Civil Veterinary Department. United Provinces 1912-22 - 1912-1922
Year: 1912
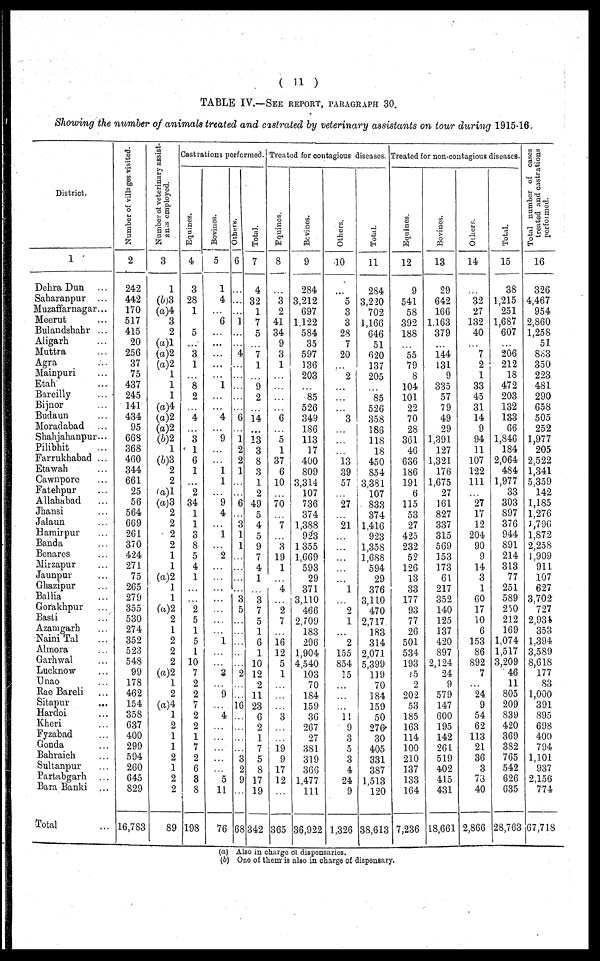
( 11 )
TABLE IV.—SEE REPORT, PARAGRAPHS 30.
Showing the number of animals treated and castrated by veterinary assistants on tour during 1915-16.
District.
1
Dehra Dun …
Saharanpur ...
Muzaffarnagar...
Meerut …
Bulandshahr ...
Aligarh …
Muttra …
Agra …
Mainpuri …
Etah …
Bareilly …
Bijnor …
Budaun …
Moradabad …
Shahjahanpur …
Pilibhit …
Farrukhabad ...
Etawah …
Cawnpore …
Fatehpur …
Allahabad …
Jhansi …
Jalaun …
Hamirpur …
Banda …
Benares …
Mirzapur …
Jaunpur …
Ghazipur …
Ballia …
Gorakhpur …
Basti …
Azamgarh …
Naini Tal …
Almora …
Garhwal …
Lucknow …
Unao …
Rae Bareli …
Sitapur …
Hardon …
Kheri …
Fyzabad …
Gonda …
Bahraich …
Sultanpur …
Partabgarh …
Bara Banki ...
Total …
Number of villages visited.
2
242
442
170
517
415
20
256
37
75
437
245
141
434
95
663
368
460
344
661
25
56
564
669
261
370
424
271
75
265
279
355
530
274
352
523
548
99
178
462
154
358
637
400
299
594
260
645
829
16,783
Number of veterinary assist-
ants employed.
3
1
(b)3
(a)4
3
2
(a)l
(a)2
(a)2
1
1
1
(a)4
(a)2
(a)2
(b)2
1
(6)3
2
2
(a)1
(a)3
2
2
2
2
1
1
(a)2
1
1
(a)2
2
1
2
2
2
(a)2
1
2
(a)4
1
2
1
1
2
1
2
2
89
Castrations performed. Treated for contagious diseases. Treated for non-contagious diseases.
Equines.
4
3
28
1
…
5
…
3
1
…
8
2
…
4
…
3
1
6
1
…
2
34
1
1
3
8
5
4
1
…
…
2
5
1
5
1
10
7
2
2
7
2
2
1
7
2
6
3
8
198
Bovines.
5
1
4
…
6
…
…
…
…
…
1
…
…
4
…
9
…
…
1
1
…
9
4
…
1
…
2
…
…
…
…
…
…
…
1
…
…
3
…
9
…
4
…
…
…
…
…
5
11
76
Others.
6
…
…
…
1
…
…
4
…
…
…
…
…
6
…
1
2
2
1
…
…
6
…
3
1
1
…
…
…
…
3
5
…
…
…
…
…
2
…
…
16
...
...
…
…
3
2
9
…
68
Total.
7
4
32
1
7
5
…
7
1
…
9
2
…
14
…
13
3
8
3
1
2
49
5
4
5
9
7
4
1
…
3
7
5
1
6
1
10
12
2
11
23
6
2
1
7
5
8
17
19
342
Equines.
8
3
2
41
34
9
3
1
...
…
…
…
6
…
5
1
37
6
10
…
70
…
7
…
3
19
1
…
4
…
2
7 …
16
12
5
1
…
…
…
3
...
…
19
9
17
12
…
365
Bevines.
9
284
3,212
697
1,122
584
35
597
136
203
…
85
526
349
186
113
17
400
809
3,314
107
736
374
1,388
923
1,355
1,669
593
29
371
3,110
466
2.709
183
296
1,904
4,540
103
70
184
159
36
207
27
381
319
366
1,477
111
36,922
Others.
10
…
5
3
3
28
7
20
…
2
…
…
…
3
...
…
…
13
39
57
…
27
…
21
…
…
…
…
…
1
…
2
1
…
2
155
854
15
…
…
…
11
9
3
5
3
4
24
9
1,326
Total.
11
284
3,220
702
1,166
646
51
620
137
205
…
85
526
358
183
118
18
450
854
3,381
107
833
374
1,416
923
1,358
1,688
594
29
376
3,110
470
2,717
183
314
2,071
5,399
119
70
184
159
50
276
30
405
331
387
1,513
120
38,613
Equines.
12
9
541
58
392
188
…
55
79
8
104
101
22
70
28
361
46
636
186
191
6
115
53
27
425
232
52
126
13
33
177
93
77
20
501
534
193
15
2
202
53
185
163
114
100
210
137
133
104
7,236
Bovines.
13
29
642
166
1.163
379
…
144
131
9
335
57
79
49
29
1,391
127
1,321
176
1,675
27
161
827
337
315
569
153
173
61
217
352
140
125
137
420
897
2,124
24
9
579
147
600
195
142
261
519
402
415
431
18.661
Others.
14
…
32
27
132
40
…
7
2
1
33
45
31
14
9
94
11
107
122
111
…
27
17
12
204
90
9
14
3
1
60
17
10
6
153
86
892
7
…
24
9
54
62
113
21
36
3
78
40
2,866
Total.
15
38
1,215
251
1,687
607
…
206
212
18
472
203
132
133
66
1,846
184
2,064
484
1,977
33
303
897
376
944
891
214
313
77
251
589
250
212
169
1,074
1,517
3,209
46
11
805
209
839
420
369
382
765
542
626
635
28,763
Total number of cases
treated and castrations
performed.
16
326
4,467
954
2,860
1,258
51
833
350
223
481
290
658
505
252
1,977
205
2,522
1,341
5,359
142
1,185
1.276
1,796
1,872
2,258
1,909
911
107
627
3.702
727
2,934
353
1.394
3,589
8,618
177
83
1,000
391
895
698
400
794
1,101
937
2,156
774
67,718
(a) Also in charge of dispensaries.
(b) One of them is also in charge of dispensary.